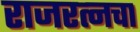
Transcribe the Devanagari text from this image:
राजरत्‍नचा